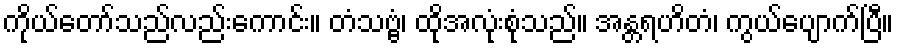
ကိုယ်တော်သည်လည်းကောင်း။ တံသဗ္ဗံ၊ ထိုအလုံးစုံသည်။ အန္တရဟိတံ၊ ကွယ်ပျောက်ပြီ။